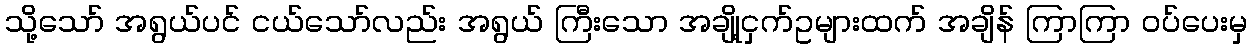
သို့သော် အရွယ်ပင် ငယ်သော်လည်း အရွယ် ကြီးသော အချို့ငှက်ဥများထက် အချိန် ကြာကြာ ဝပ်ပေးမှ